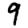
Digit: 9